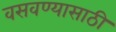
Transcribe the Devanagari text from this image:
वसवण्यासाठी